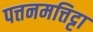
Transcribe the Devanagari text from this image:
पत्तनमत्तिट्टा